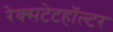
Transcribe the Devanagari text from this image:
रेक्सटेटहॉल्टर